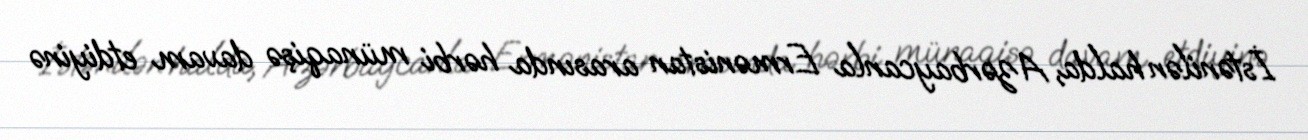
İstənilən halda, Azərbaycanla Ermənistan arasında hərbi münaqişə davam etdiyinə